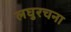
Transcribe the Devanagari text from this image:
लघुरचना